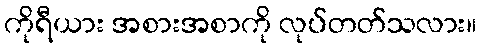
ကိုရီယား အစားအစာကို လုပ်တတ်သလား။